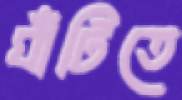
ঘাঁটিতে